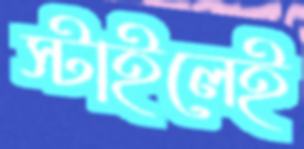
স্টাইলেই